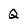
Character: Q